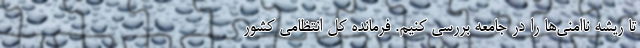
تا ریشه ناامنی‌ها را در جامعه بررسی کنیم. فرمانده کل انتظامی کشور